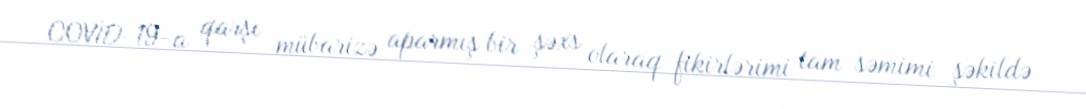
COVİD-19-a qarşı mübarizə aparmış bir şəxs olaraq fikirlərimi tam səmimi şəkildə